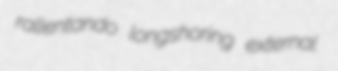
rallentando longshoring external